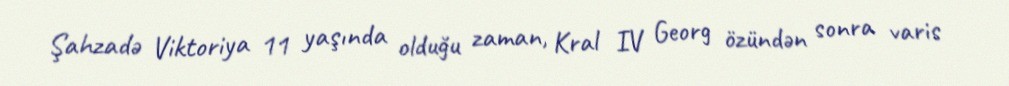
Şahzadə Viktoriya 11 yaşında olduğu zaman, Kral IV Georg özündən sonra varis